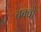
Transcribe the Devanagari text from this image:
चक्वों